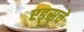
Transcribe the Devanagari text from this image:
एड्‌सचे